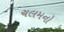
ચલમનો